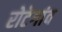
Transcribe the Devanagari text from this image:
रोटेगांव